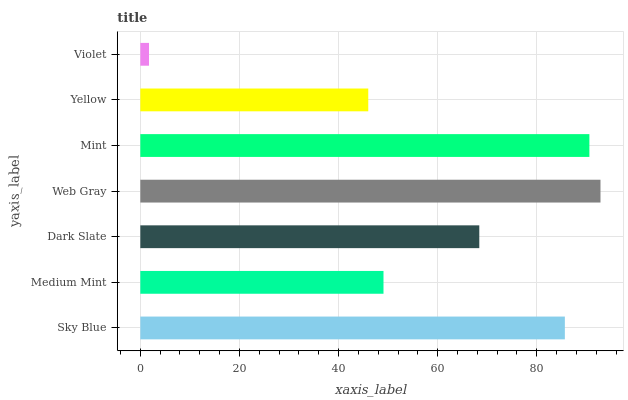
| yaxis_label | bars |
 | --- | --- |
 | Sky Blue | 85.7 |
 | Medium Mint | 49.1 |
 | Dark Slate | 68.4 |
 | Web Gray | 92.9 |
 | Mint | 90.6 |
 | Yellow | 46 |
 | Violet | 1.75 |